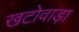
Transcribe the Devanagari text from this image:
खटोवाड़ा